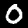
Digit: 0